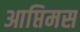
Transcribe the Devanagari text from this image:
आप्तिमस